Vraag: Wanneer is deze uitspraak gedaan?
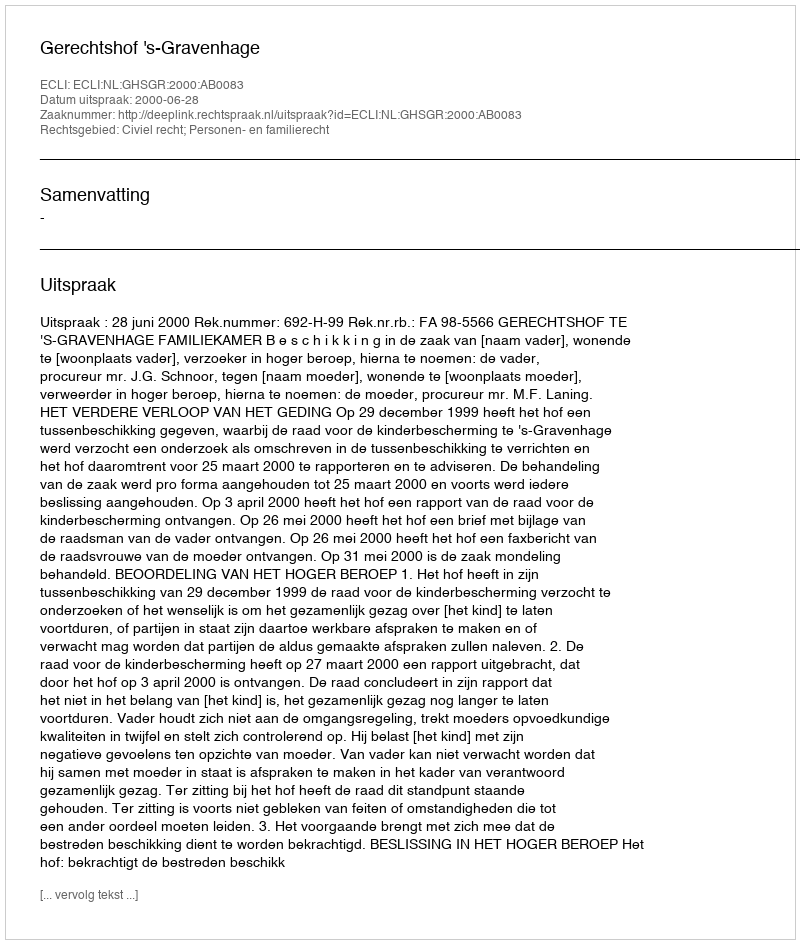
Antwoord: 2000-06-28